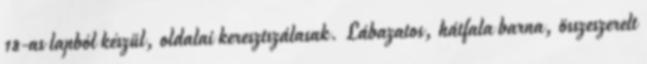
18-as lapból készül, oldalai keresztszálasak. Lábazatos, hátfala barna, összeszerelt